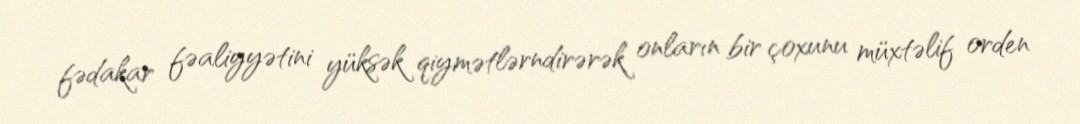
fədakar fəaliyyətini yüksək qiymətlərndirərək onların bir çoxunu müxtəlif orden